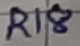
Text: R18